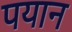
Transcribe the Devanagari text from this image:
पयान